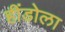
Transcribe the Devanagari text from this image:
हींडोला